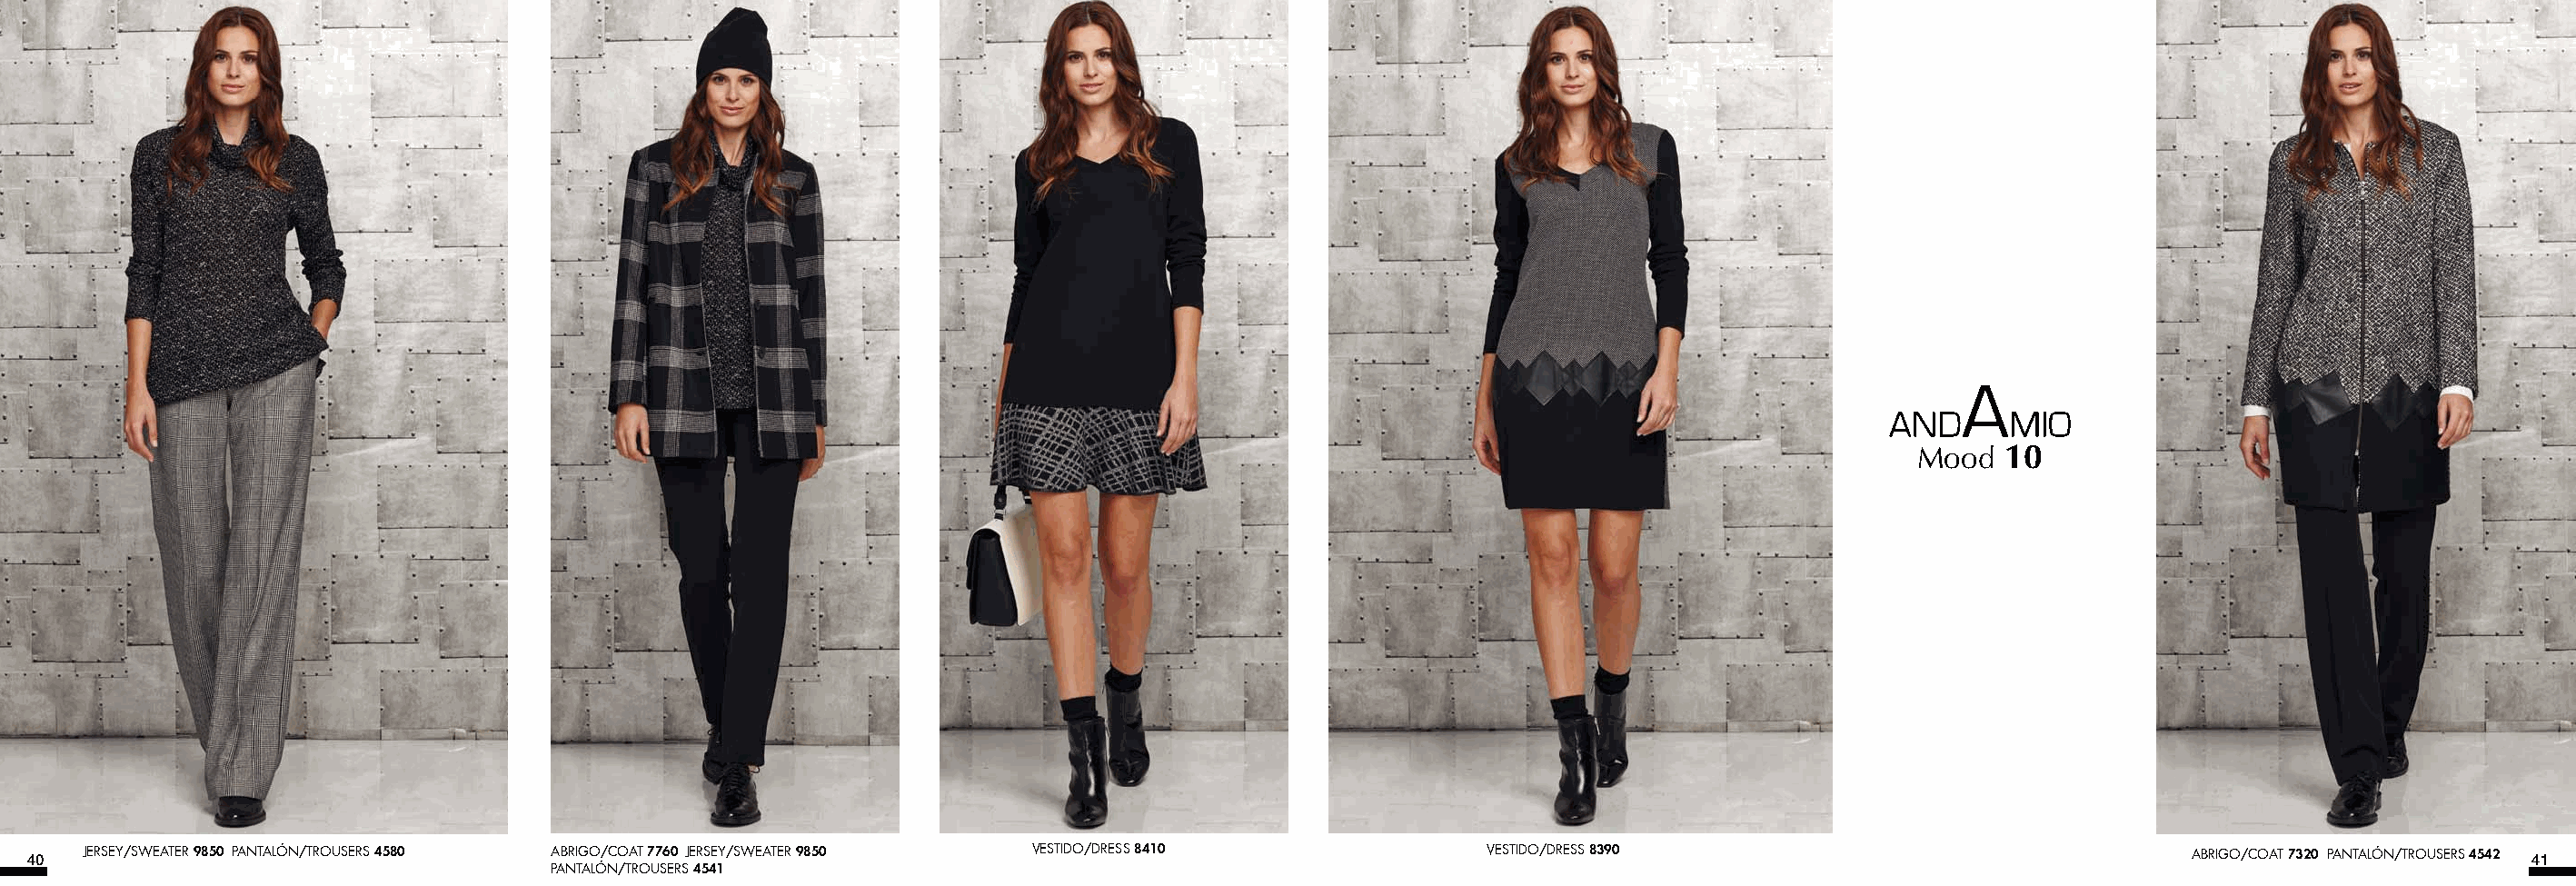
Mood  10
 40  JERSEY/SWEATER 9850 PANTALÓN/TROUSERS 4580 ABRIGO/COAT 7760 JERSEY/SWEATER 9850 VESTIDO/DRESS 8410    VESTIDO/DRESS 8390                                  ABRIGO/COAT 7320 PANTALÓN/TROUSERS 4542 41
 PANTALÓN/TROUSERS 4541